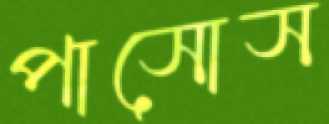
পাসোস